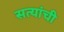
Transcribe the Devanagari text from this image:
सत्यांची